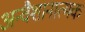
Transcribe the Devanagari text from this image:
अन्वैशानात्मक